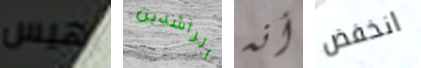
هيس الراشدين أنه انخفض